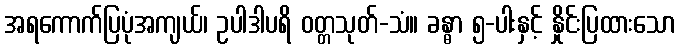
အရကောက်ပြပုံအကျယ်၊ ဥပါဒါပရိ ဝတ္တသုတ်-သံ။ ခန္ဓာ ၅-ပါးနှင့် နှိုင်းပြထားသော